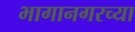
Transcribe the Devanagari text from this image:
भागानगरच्या